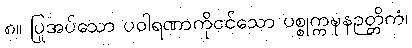
၈။ ပြုအပ်သော ပဝါရဏာကိုငင်သော ပစ္စုက္ကဍ္ဎနဉတ္တိကံ၊